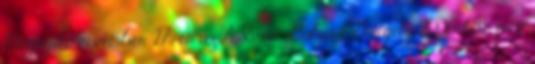
Megnyitó november 27-én az A38-on. Gulyás Gergely 2006-ban még